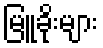
မြူခိုးများ